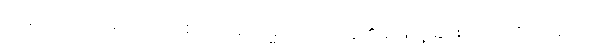
သဗ္ဗာပိ၊ အလုံးစုံလည်းဖြစ်သော။ သမ္မာဒိဋ္ဌိ၊ အယူ၏ ဖြောင့်ခြင်းသည်။ ဒိဋ္ဌိသမ္ပဒါ၊